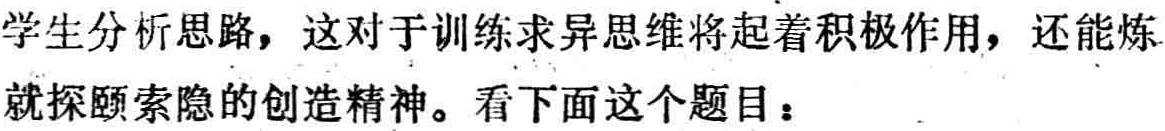
学生分析思路，这对于训练求异思维将起着积极作用，还能炼
就探颐索隐的创造精神。看下面这个题目：